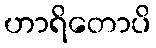
ဟာရိတောပိ